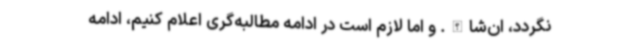
نگردد، ان‌شاالله. و اما لازم است در ادامه مطالبه‌گری اعلام کنیم، ادامه